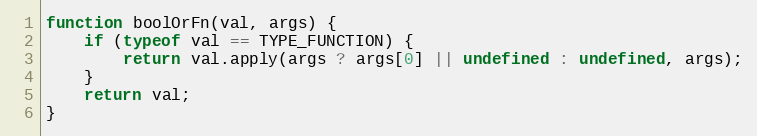
Language: JavaScript
function boolOrFn(val, args) {
    if (typeof val == TYPE_FUNCTION) {
        return val.apply(args ? args[0] || undefined : undefined, args);
    }
    return val;
}